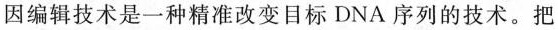
因编辑技术是一种精准改变目标DNA序列的技术。把